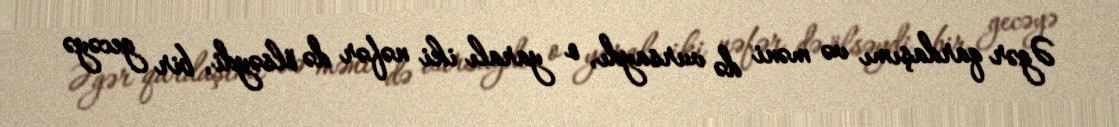
Əgər qardaşımı və məni də vursaydı, o yaralı iki nəfər də ölsəydi, bir gecəyə